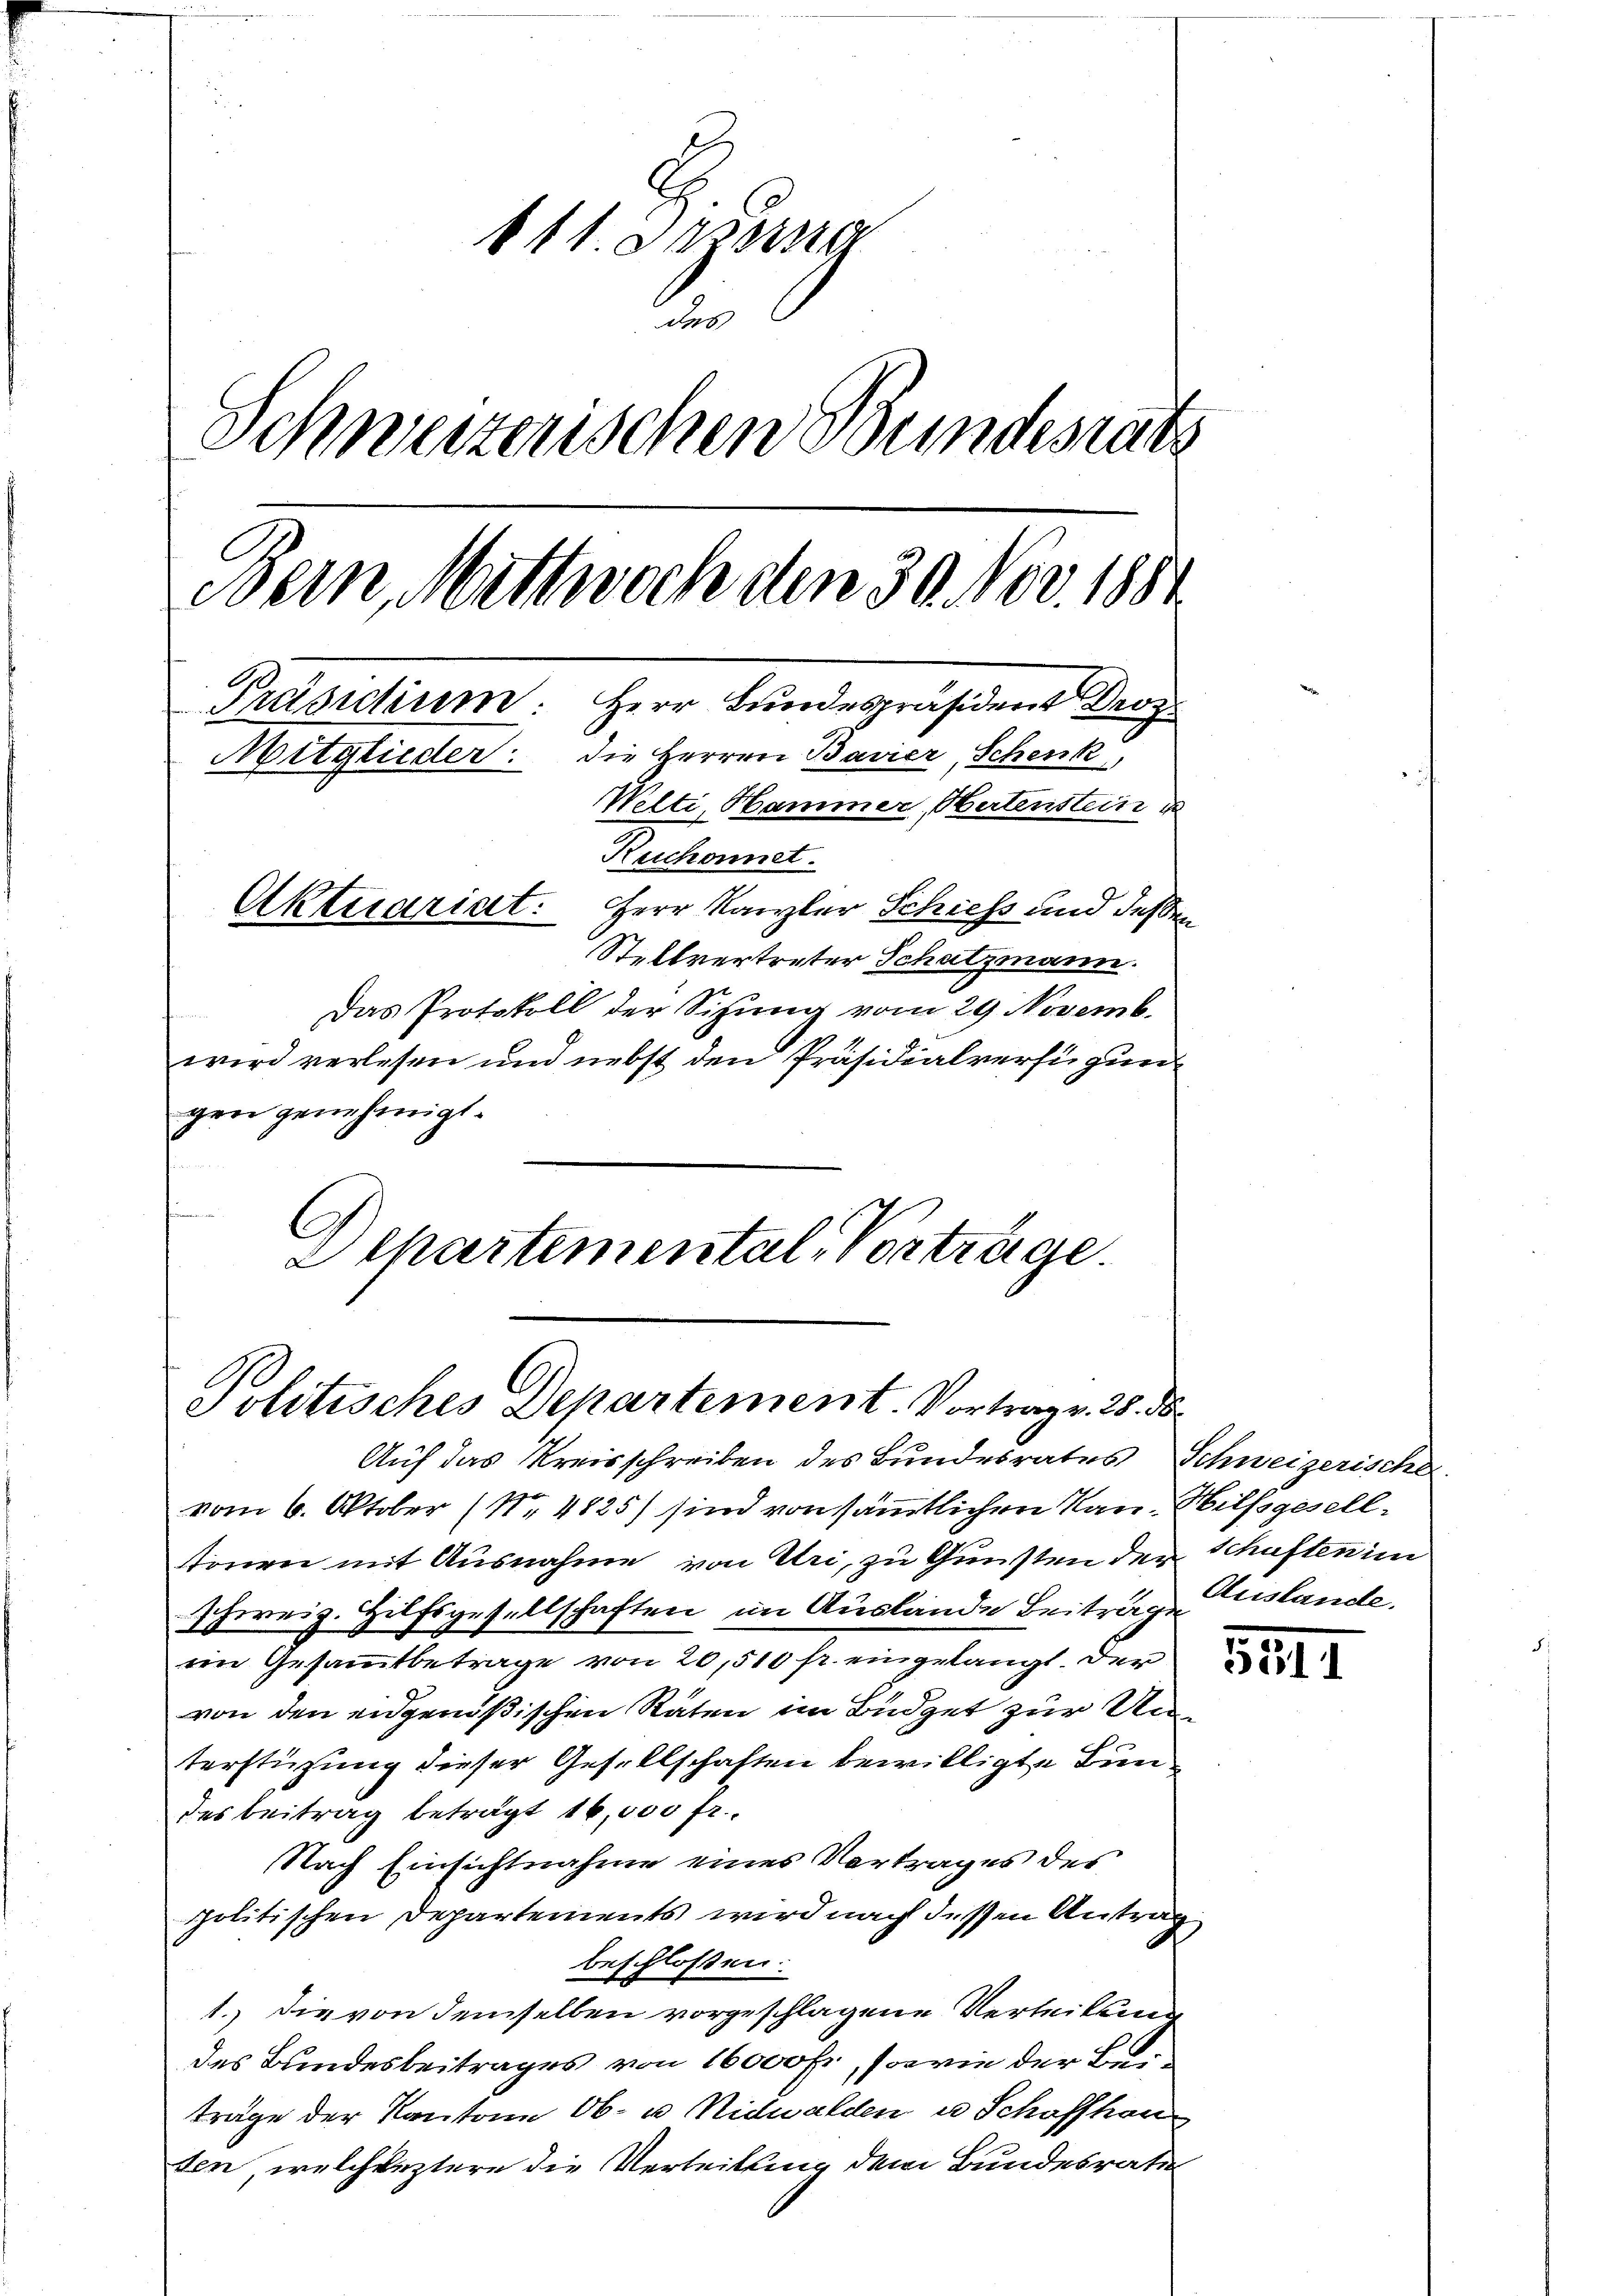
111. Dezerra
des
Schweizerischen Bundesrats
Bein, Mittwoch den 30. Nov. 1881
Herr Bundespräsident der
Präsidium
Mitglieder: die Herren Bavier, Schenk,
Welti Hammer, Martenstein
Reichonnet.
Aktuariat. Herr Kanzler Schiess und deßen
Stellvertreter Schatzmann.
Das Protokoll der Sitzung vom 29. Novemb.

wird verlesen und nebst den Präsidialverfügung
gen genehmigt.
C
Schartemental-Vorträge.

Politisches Departement. Vortrag v. 25. ds

Auf das Kreisschreiben des Bundesrates Schweizerischer
vom 6. Oktober (Nr. 4825) sind von sämmtlichen Nan. Hilfsgeselltönen mit Ausnahme von Uri, zu Gunsten der Schaften im
schweiz. Hilfsgesellschaften im Auslände Beiträge
im Gesammtbetrage von 20,510 fr. eingelangt. Der
von den eidgenößischen Räten im Büdget zur Unterstüzung dieser Gesellschaften bewilligte Bundes Beitrag beträgt 16,000 fr.
Nach Einsichtnahme eines Vertrages des
politischen Departements wird nach dessen Antrag
beschlossen:
1.) Die von demselben vorgeschlagene Verleitung
des Bundesbeitrages von 16000 fr., sowie der Berträge der Kantone Ob- u Nidwalden u Schaffhau
ten, welchleztere die Verleitung dem Bundesrate

Auslande.

1111